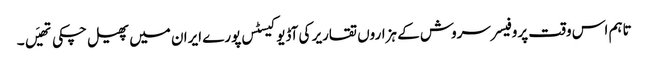
تاہم اس وقت پروفیسر سروش کے ہزاروں تقاریر کی آڈیو کیسٹس پورے ایران میں پھیل چکی تھیَں۔